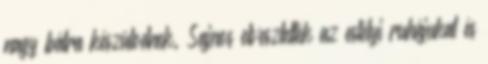
nagy bálra készülodnek. Sajnos elvesztették az estélyi ruhájukat és